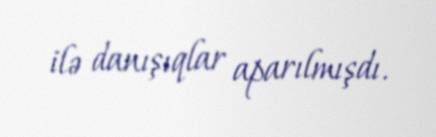
ilə danışıqlar aparılmışdı.